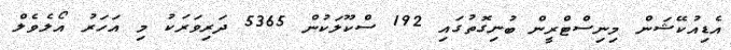
އެޑިއުކޭޝަން މިނިސްޓްރީން ބުނިގޮތުގައި 192 ސްކޫލަކުން 5365 ދަރިވަރަކު މި އަހަރު އޯލެވެލް